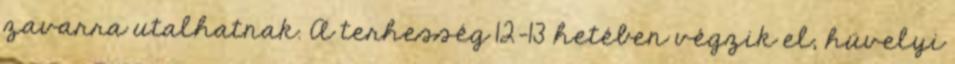
zavarra utalhatnak. A terhesség 12-13 hetében végzik el, hüvelyi